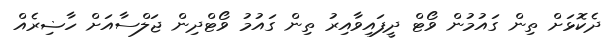
ދެކޮޅަށް ތިން ގައުމުން ވޯޓް ދީފައިވާއިރު ތިން ގައުމު ވޯޓްދިން ޖަލްސާއަށް ހާޟިރެއް